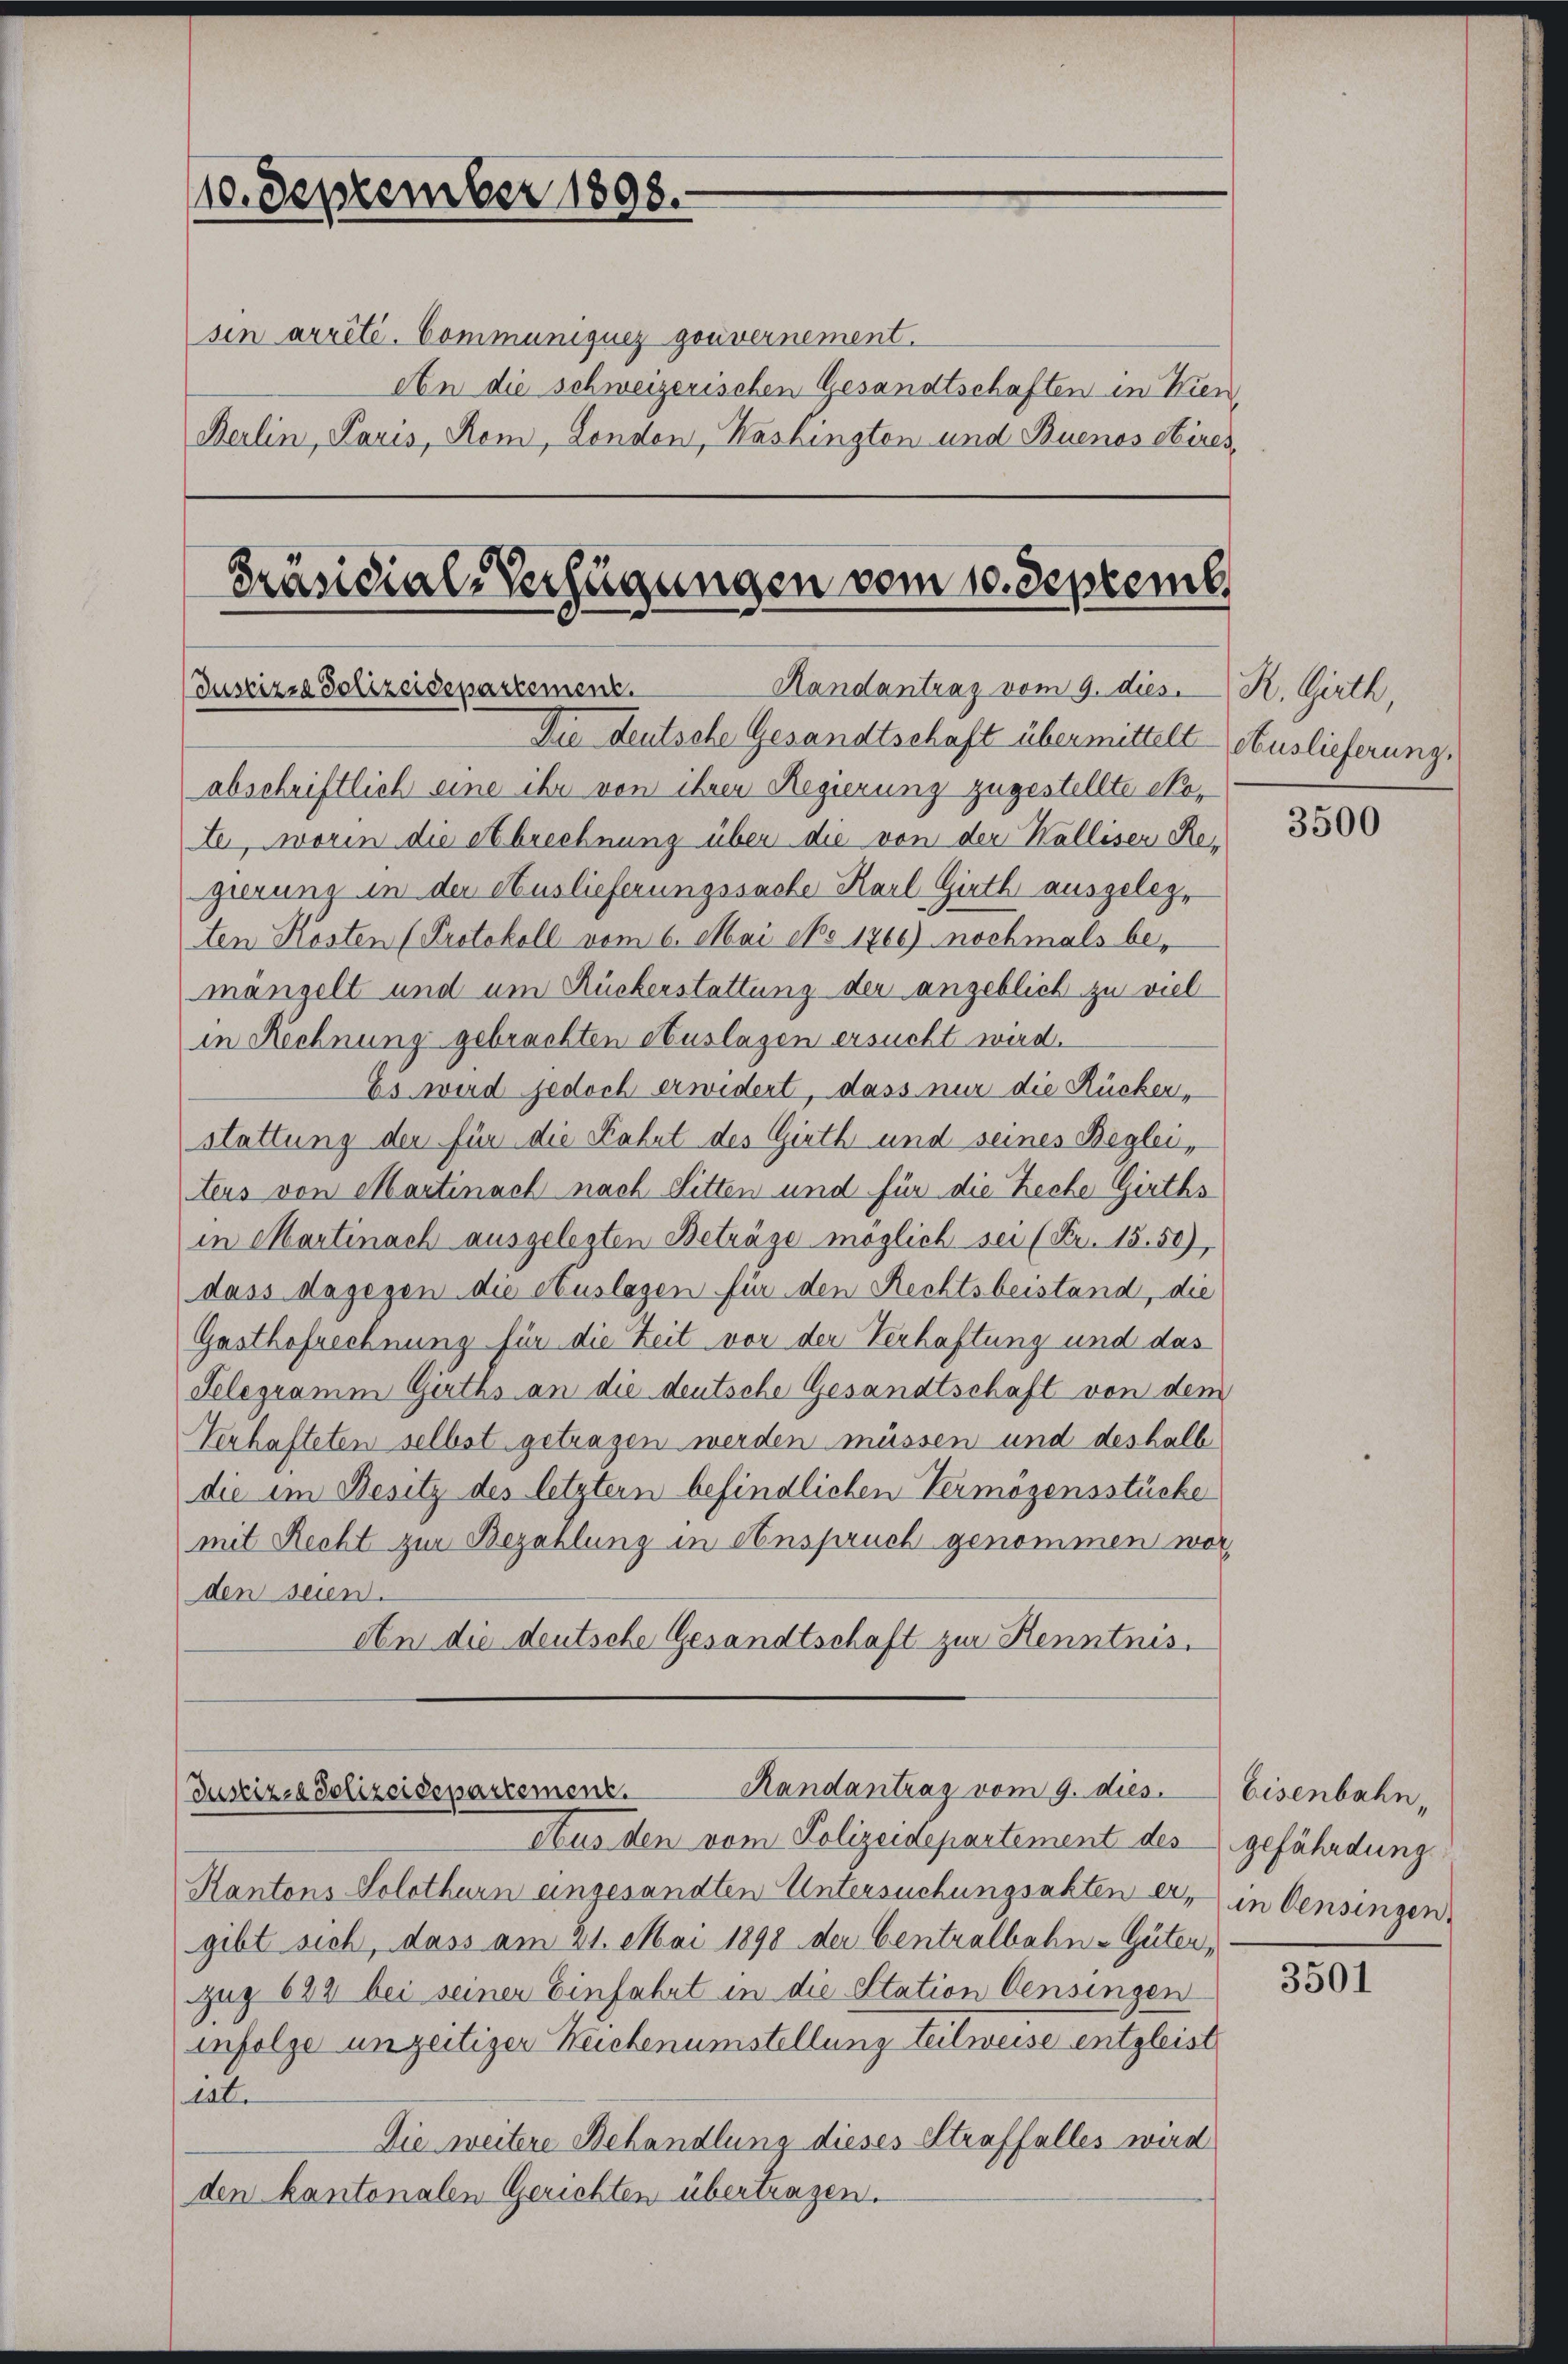
110. September 1898.
sin arrêté. Communiques gouvernement.

Präsidial-Verfügungen vom 10. Septemb.
Justizia Polizeidepartement.
Handantrag vom 9. dies. R. Girth,
Die Deutsche Gesandtschaft übermittelt Auslieferung

An die schweizerischen Gesandtschaften in Kien
Berlin, Paris, Rom, London, Washingten und Buenos stires,

Randantrag vom 9. dies
Justizza Polizeidepartement.

abschriftlich eine ihr von ihren Regierung zugestellte Mote, worin die Abrechnung über die von der Kalliser Re-
gierung in der Auslieferungssache Karl Girth ausgelegten Kösten (Protokoll vom 6. Mai epo 1766) nochmals bemängelt und um Rückerstattung der angeblich zu viel
in Rechnung gebrachten Auslagen ersucht wird.
Es wird jedoch erwidert, dass nur die Rücker,
stattung der für die Fahrt des Gieth und seines Beglei
ters von Martinach nach Sitten und für die Reche Girths
in Martinach ausgelegten Beträge möglich sei (Fr. 15. 50),
dass dagegen die Auslagen für den Rechtsbeistand, die
Gasthofrechnung für die Zeit vor der Verhaftung und das
Selegramm Girths an die deutsche Gesandtschaft von dem
Verhafteten selbst getragen werden müssen und deshalb
die im Besitz des letztern befindlichen Vermögensstücke
mit Recht zur Bezahlung in Anspruch genommen worden seien.
An die deutsche Gesandtschaft zur Kenntnis.

Aus den vom Polizeidepartement des gefährdung.
Kantons Solothurn eingesandten Untersuchungsakten er in Censingen.
gibt sich, dass am 21. Mai 1898 der Centralbahn-Güter,
Zug 623 bei seiner Einfahrt in die Station Censingen
infolge unzeitiger Reichenumstellung teilweise entgleist
tat.
Die weitere Behandlung dieses Straffalles wird
den kantonalen Gerichten übertragen.

3500

Eisenbahn,

3501